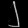
Digit: ၂